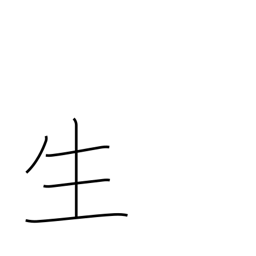
Meaning: life